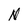
Character: N